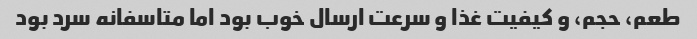
طعم، حجم، و کیفیت غذا و سرعت ارسال خوب بود اما متاسفانه سرد بود